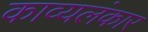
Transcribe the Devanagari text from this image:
काव्यलंकार